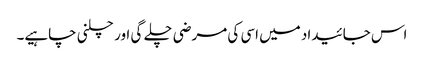
اس جائیداد میں اسی کی مرضی چلے گی اور چلنی چاہیے۔